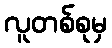
လူတစ်စုမှ